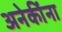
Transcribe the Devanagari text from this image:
अनेकींना